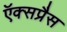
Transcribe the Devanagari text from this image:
ऍक्सप्रैस